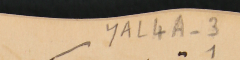
YAL4A-3 1